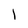
Character: I